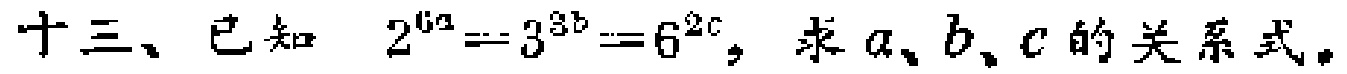
十三、已知 \(2^{6a}=3^{3b}=6^{2c}\)，求 \(a、b、c\) 的关系式。